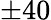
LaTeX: \pm 40